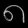
Digit: ၈